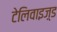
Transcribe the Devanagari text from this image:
टेलिवाइज़्ड